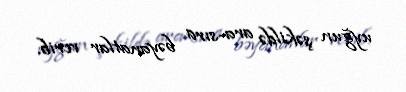
uyğun şəkildə ara-sıra bəyanatlar verib.